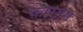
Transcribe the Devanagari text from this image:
कासाम